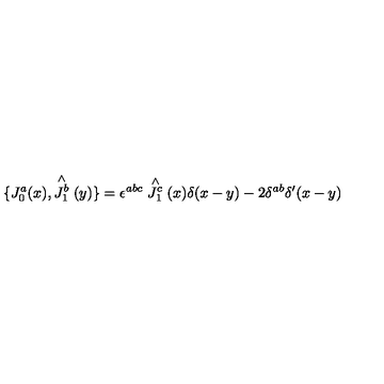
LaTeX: \{ J _ { 0 } ^ { a } ( x ) , \stackrel { \wedge } { J _ { 1 } ^ { b } } ( y ) \} = \epsilon ^ { a b c } \stackrel { \wedge } { J _ { 1 } ^ { c } } ( x ) \delta ( x - y ) - 2 \delta ^ { a b } \delta ^ { \prime } ( x - y )